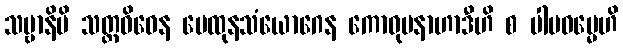
သဗ္ဗာနိပိ သတ္တဝိဓေန မေထုနသံယောဂေန ကောဓုပနာဟာဒီဟိ စ ပါပဓမ္မေဟိ